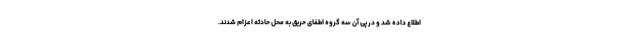
اطلاع داده شد و در پی آن سه گروه اطفای حریق به محل حادثه اعزام شدند.